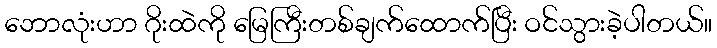
ဘောလုံးဟာ ဂိုးထဲကို မြေကြီးတစ်ချက်ထောက်ပြီး ဝင်သွားခဲ့ပါတယ်။